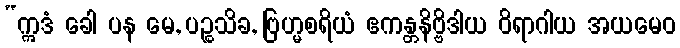
“ဣဒံ ခေါ ပန မေ, ပဉ္စသိခ, ဗြဟ္မစရိယံ ဧကန္တနိဗ္ဗိဒါယ ဝိရာဂါယ အယမေဝ